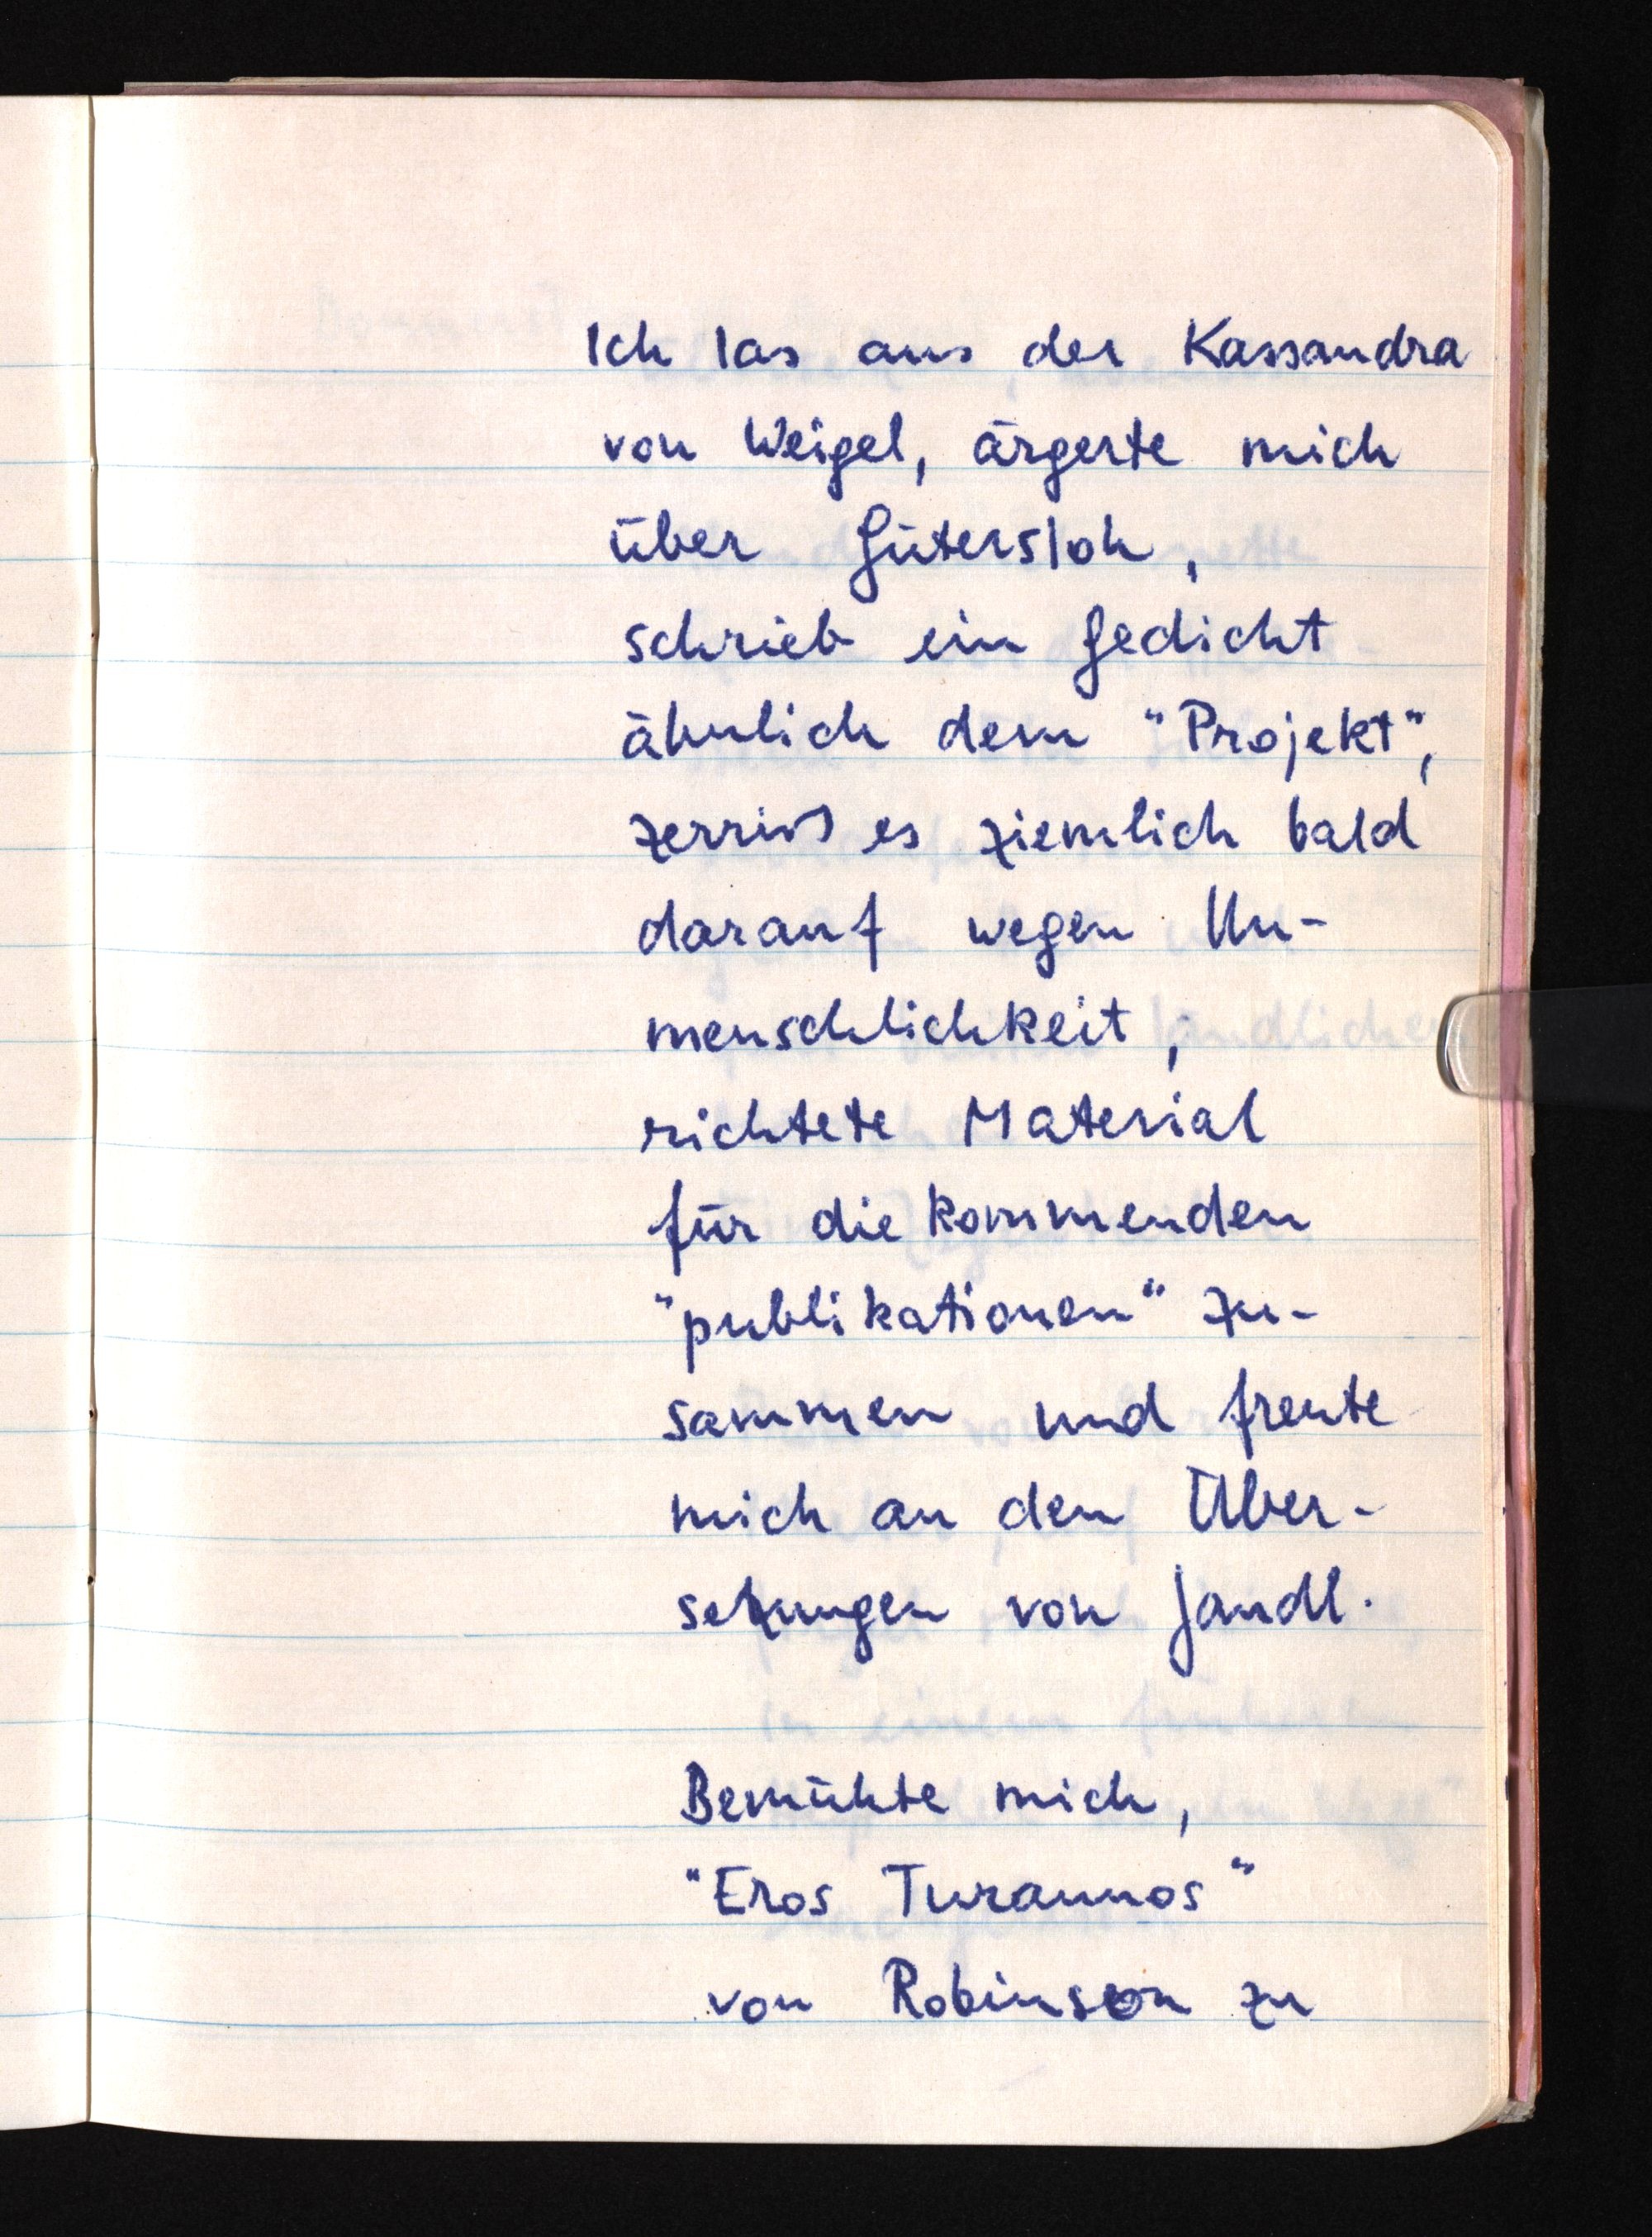
Ich las aus der Kassandra
von Weigel, ärgerte mich
über Gütersloh,
schrieb ein Gedicht
ähnlich dem "Projekt",
zerriß es ziemlich bald
darauf wegen Un¬
menschlichkeit;
richtete Material
für die kommenden
"publikationen" zu¬
sammen und freute
mich an den Über¬
setzungen von Jandl.
Bemühte mich,
"Eros Turannos"
von Robinseon zu